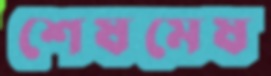
শেষমেষ